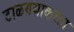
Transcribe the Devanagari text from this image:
टाळण्याकरता